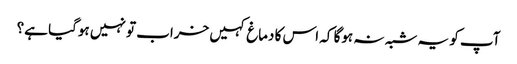
آپ کو یہ شبہ نہ ہوگا کہ اس کا دماغ کہیں خراب تو نہیں ہوگیا ہے؟